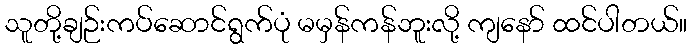
သူတို့ချဉ်းကပ်ဆောင်ရွက်ပုံ မမှန်ကန်ဘူးလို့ ကျနော် ထင်ပါတယ်။